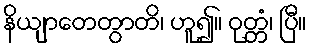
နိယျာတေတွာတိ၊ ဟူ၍။ ဝုတ္တံ၊ ပြီ။